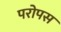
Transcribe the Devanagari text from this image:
परोपस